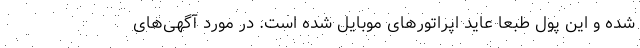
شده و این پول طبعا عاید اپراتورهای موبایل شده است. در مورد آگهی‌های